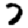
Digit: 7